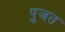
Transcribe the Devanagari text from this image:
पुजत